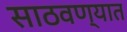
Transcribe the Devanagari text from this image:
साठवण्यात